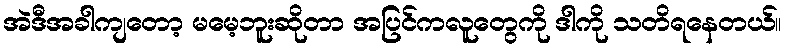
အဲဒီအခါကျတော့ မမေ့ဘူးဆိုတာ အပြင်ကလူတွေကို ဒါကို သတိရနေတယ်။